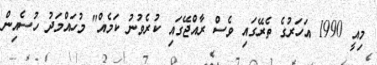
މިއީ 1990 އަހަރުގެ ތެރޭގައި ވެސް ރާއްޖޭގައި ކުރެވުނު ކަމެއް" މުހައްމަދު ހުސެއިން